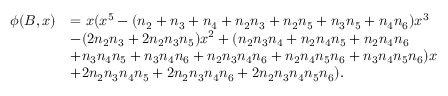
\begin{array} { r l } { \phi ( B , x ) } & { = x ( x ^ { 5 } - ( n _ { 2 } + n _ { 3 } + n _ { 4 } + n _ { 2 } n _ { 3 } + n _ { 2 } n _ { 5 } + n _ { 3 } n _ { 5 } + n _ { 4 } n _ { 6 } ) x ^ { 3 } } \\ & { - ( 2 n _ { 2 } n _ { 3 } + 2 n _ { 2 } n _ { 3 } n _ { 5 } ) x ^ { 2 } + ( n _ { 2 } n _ { 3 } n _ { 4 } + n _ { 2 } n _ { 4 } n _ { 5 } + n _ { 2 } n _ { 4 } n _ { 6 } } \\ & { + n _ { 3 } n _ { 4 } n _ { 5 } + n _ { 3 } n _ { 4 } n _ { 6 } + n _ { 2 } n _ { 3 } n _ { 4 } n _ { 6 } + n _ { 2 } n _ { 4 } n _ { 5 } n _ { 6 } + n _ { 3 } n _ { 4 } n _ { 5 } n _ { 6 } ) x } \\ & { + 2 n _ { 2 } n _ { 3 } n _ { 4 } n _ { 5 } + 2 n _ { 2 } n _ { 3 } n _ { 4 } n _ { 6 } + 2 n _ { 2 } n _ { 3 } n _ { 4 } n _ { 5 } n _ { 6 } ) . } \end{array}